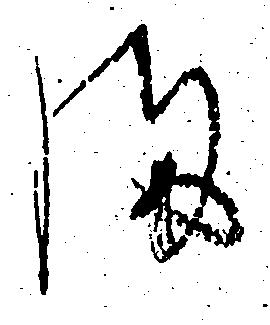
ま